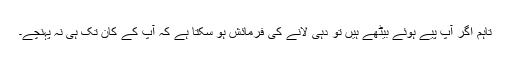
تاہم اگر آپ پیے ہوئے بیٹھے ہیں تو دہی لانے کی فرمائش ہو سکتا ہے کہ آپ کے کان تک ہی نہ پہنچے۔